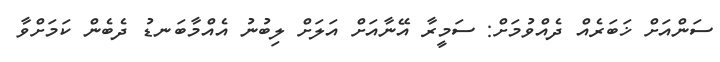
ސަންއަށް ޚަބަރެއް ދެއްވުމަށް: ސަމީރާ އޭނާއަށް އަލަށް ލިބުނު އެއްމާބަނޑު ދެބެން ކަމަށްވާ